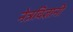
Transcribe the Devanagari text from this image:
नेत्रविज्ञानी